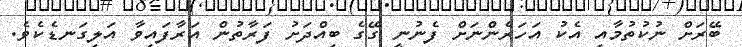
ބޭރަށް ނުކުތުމާއި އެކު އަހަރެންނަށް ފެނުނީ ގޭގެ ބިއްދަށު ފަރާތުން އަރާފައިވާ އަލިގަނޑެކެވެ.